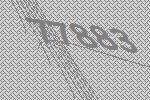
77883